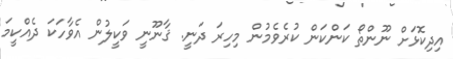
އިދިކޮޅަށް ނޫންތޯ ކަންކަން ކުރެވެމުން މިހިރަ ދަނީ. ޤާނޫނީ ވަކީލުން އެވާހަކަ ދެއްކީމަ